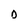
Character: D